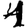
Digit: 1